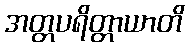
အတ္တပရိတ္တာယာတိ